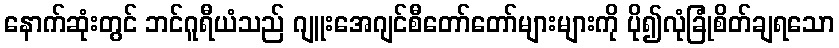
နောက်ဆုံးတွင် ဘင်ဂူရီယံသည် ဂျူးအေဂျင်စီတော်တော်များများကို ပို၍လုံခြုံစိတ်ချရသော